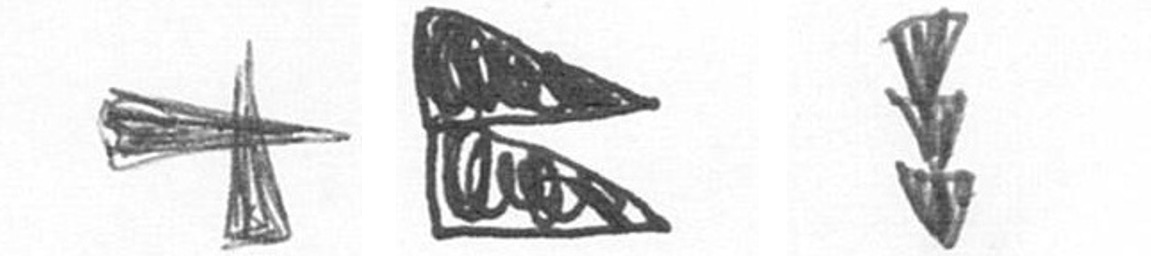
G P E